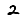
Digit: 2